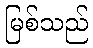
မြစ်သည်